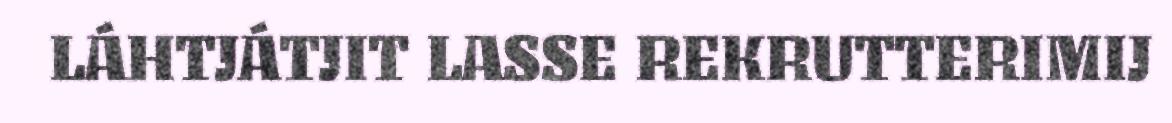
LÁHTJÁTJIT LASSE REKRUTTERIMIJ